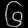
Digit: ၆